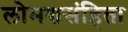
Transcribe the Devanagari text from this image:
लोमशसंहिता